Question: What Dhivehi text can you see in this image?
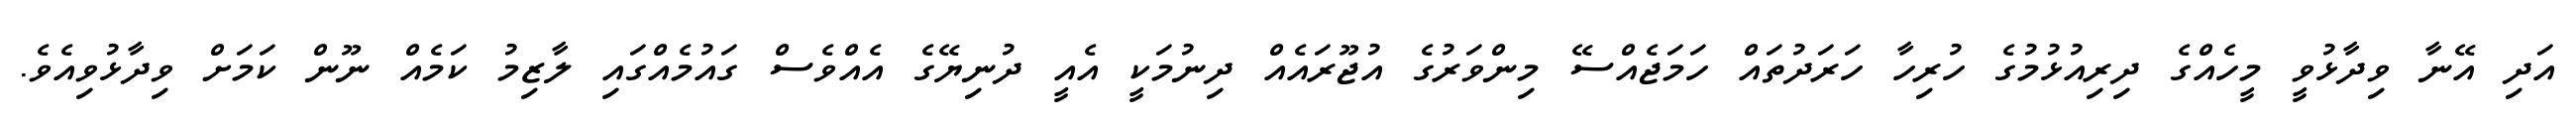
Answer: އަދި އޭނާ ވިދާޅުވީ މީހެއްގެ ދިރިއުޅުމުގެ ހުރިހާ ހަރަދުތައް ހަމަޖެއްސޭ މިންވަރުގެ އުޖޫރައެއް ދިނުމަކީ އެއީ ދުނިޔޭގެ އެއްވެސް ގައުމެއްގައި ލާޒިމު ކަމެއް ނޫން ކަމަށް ވިދާޅުވިއެވެ.